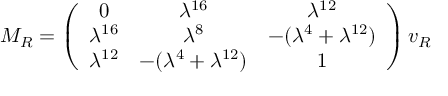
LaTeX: M _ { R } = \left( \begin{array} { c c c } { { 0 } } & { { \lambda ^ { 1 6 } } } & { { \lambda ^ { 1 2 } } } \\ { { \lambda ^ { 1 6 } } } & { { \lambda ^ { 8 } } } & { { - ( \lambda ^ { 4 } + \lambda ^ { 1 2 } ) } } \\ { { \lambda ^ { 1 2 } } } & { { - ( \lambda ^ { 4 } + \lambda ^ { 1 2 } ) } } & { { 1 } } \end{array} \right) v _ { R }